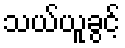
သယ်ယူခွင့်